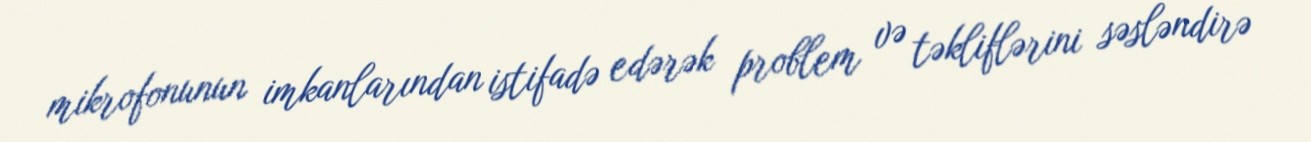
mikrofonunun imkanlarından istifadə edərək problem və təkliflərini səsləndirə